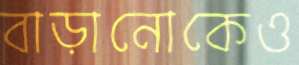
বাড়ানোকেও